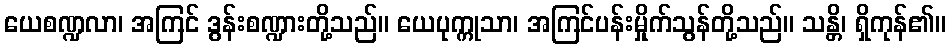
ယေစဏ္ဍလာ၊ အကြင် ဒွန်းစဏ္ဍားတို့သည်။ ယေပုက္ကုသာ၊ အကြင်ပန်းမှိုက်သွန်တို့သည်။ သန္တိ၊ ရှိကုန်၏။